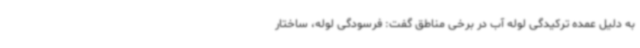
به دلیل عمده ترکیدگی لوله آب در برخی مناطق گفت: فرسودگی لوله، ساختار